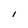
Character: I